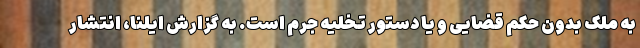
به ملک بدون حکم قضایی و یا دستور تخلیه جرم است. به گزارش ایلنا، انتشار